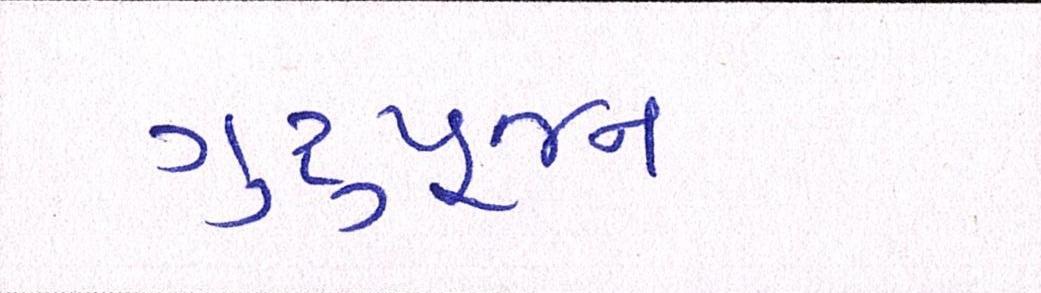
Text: ગુરૂપૂજન